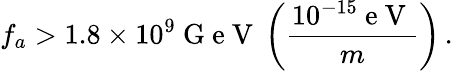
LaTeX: f_{a}>1.8\times 10^{9}\mathrm{~G~e~V~}\left(\frac{10^{-15}\mathrm{~e~V~}}{m}\right)\, .